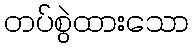
တပ်စွဲထားသော